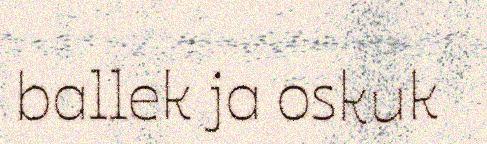
ballek ja oskuk